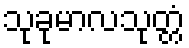
သုခုမာလသုတ္တံ